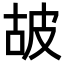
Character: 𤿞